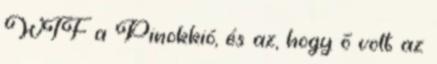
WTF a Pinokkió, és az, hogy ő volt az